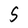
Character: S